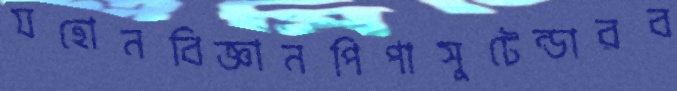
যহোনবিজ্ঞানপিপাসুটেন্ডারব